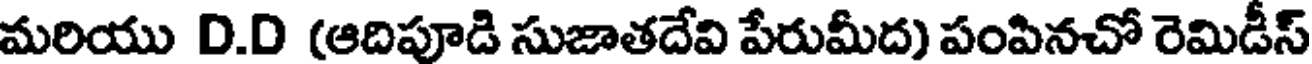
మరియు D.D (ఆదిపూడి సుజాతదేవి పేరుమీద) పంపినచో రెమిడీస్